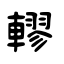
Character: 轇